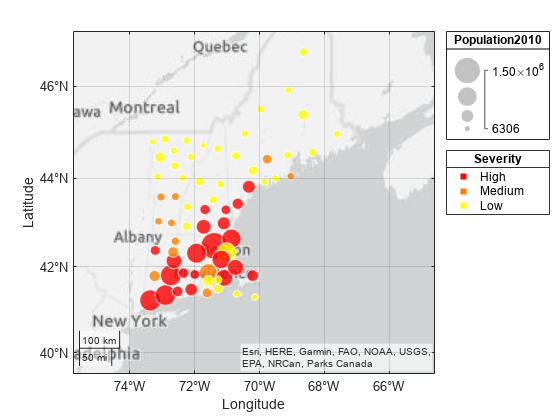
matlab, geobubble